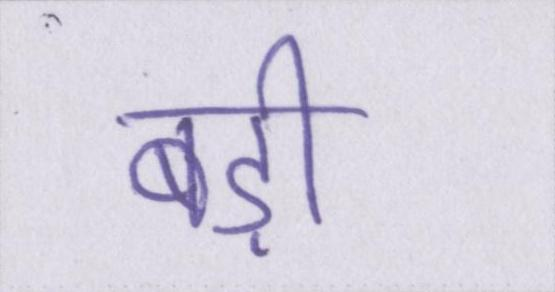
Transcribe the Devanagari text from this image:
बड़ी